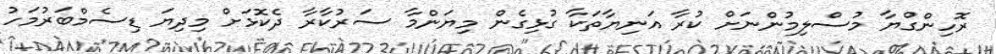
ރޮހިންގްޔާ މުސްލިމުންނަށް ކުރާ އަނިޔާތަކާ ގުޅިގެން މިޔަންމާ ސަރުކާރާ ދެކޮޅަށް މިދިޔަ ޑިސެމްބަރުމަހު